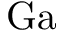
\mathrm { G a }